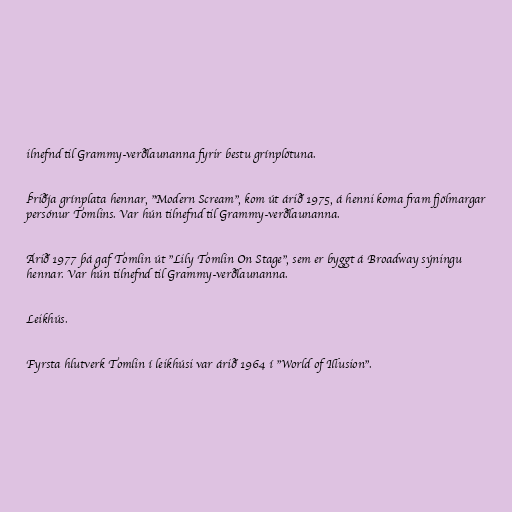
ilnefnd til Grammy-verðlaunanna fyrir bestu grínplötuna.

Þriðja grínplata hennar, "Modern Scream", kom út árið 1975, á henni koma fram fjölmargar
persónur Tomlins. Var hún tilnefnd til Grammy-verðlaunanna.

Árið 1977 þá gaf Tomlin út "Lily Tomlin On Stage", sem er byggt á Broadway sýningu
hennar. Var hún tilnefnd til Grammy-verðlaunanna.

Leikhús.

Fyrsta hlutverk Tomlin í leikhúsi var árið 1964 í "World of Illusion".